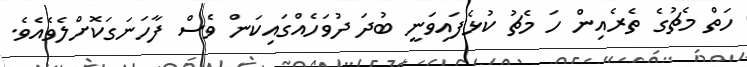
ހަތް މެޗުގެ ތެރެއިން ހަ މެޗު ކުޅެފައިވަނީ ބުދަ ދުވަހެއްގައިކަން ވެސް ފާހަނަގަކޮށްލެވެއެވެ.